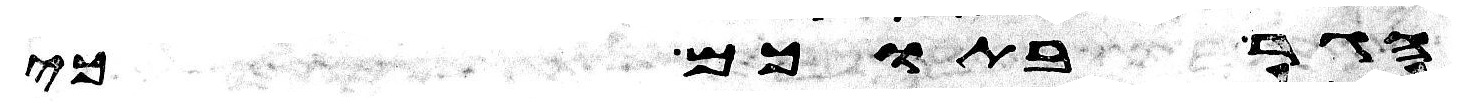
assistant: הגר בתוכם כי